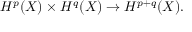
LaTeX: H ^ { p } ( X ) \times H ^ { q } ( X ) \to H ^ { p + q } ( X ) .